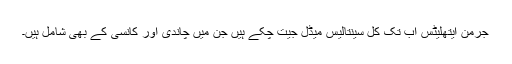
جرمن ایتھلیٹس اب تک کُل سینتالیس میڈل جیت چکے ہیں جن میں چاندی اور کانسی کے بھی شامل ہیں۔